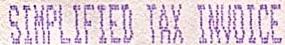
SIMPLIFIED TAX INVOICE